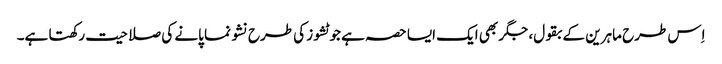
اِس طرح ماہرین کے بقول، جگر بھی ایک ایسا حصہ ہے جو ٹشوز کی طرح نشو نما پانے کی صلاحیت رکھتا ہے۔